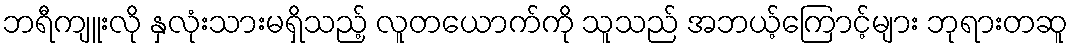
ဘရီကျူးလို နှလုံးသားမရှိသည့် လူတယောက်ကို သူသည် အဘယ့်ကြောင့်များ ဘုရားတဆူ